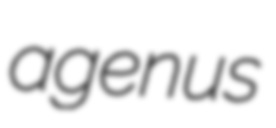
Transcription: a genus